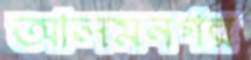
আলমনগর